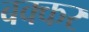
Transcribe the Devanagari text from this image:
बक्कर